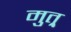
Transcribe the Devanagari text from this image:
मुत्र्